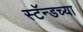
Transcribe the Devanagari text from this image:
स्टॅन्डच्या